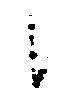
候